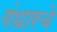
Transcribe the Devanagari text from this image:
गंधारचे